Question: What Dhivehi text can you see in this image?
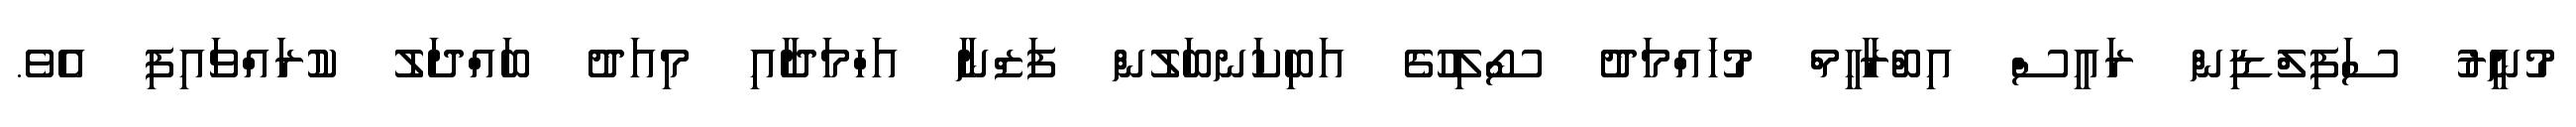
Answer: މުނީރު ސަފިލްޑިން ރައީސް އިބްރާހީމް މުހައްމަދު ސޯލިހުގެ އަބިކަނބަލުން ފަޒްނާ އަހްމަދާއި މިއަދު ބައްދަލު ކުރައްވައިފި އެވެ.